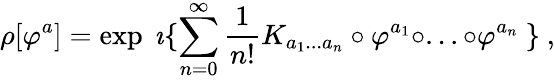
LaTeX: \rho[\varphi^{a}]=\exp\ \imath\{ \sum_{n=0}^{\infty}\frac{1}{n!}K_{a_{1}...a_{n}}\circ\varphi^{a_{1}}\circ...\circ\varphi^{a_{n}}\ \} \ ,